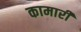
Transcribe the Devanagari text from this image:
कामारी